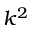
k ^ { 2 }